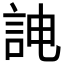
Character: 𮘁